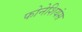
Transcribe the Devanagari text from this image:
फोनेशियंस